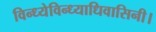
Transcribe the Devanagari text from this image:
विन्ध्येविन्ध्याधिवासिनी।